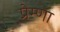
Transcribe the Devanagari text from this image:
प्रेम्णा